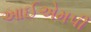
આઈએમપી